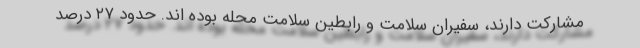
مشارکت دارند، سفیران سلامت و رابطین سلامت محله بوده اند. حدود ۲۷ درصد